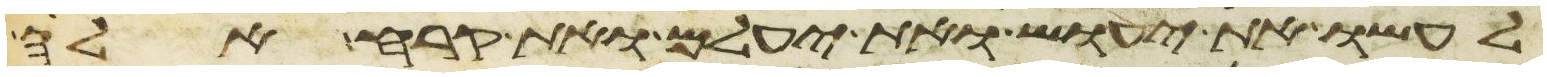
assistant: לעשו את יעוש ואת יעלם ואת קרח אלה